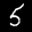
Label: 5